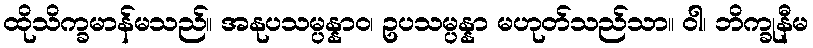
ထိုသိက္ခမာန်မသည်။ အနုပသမ္ပန္နာဝ၊ ဥပသမ္ပန္နာ မဟုတ်သည်သာ။ ဝါ၊ ဘိက္ခုနီမ